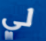
لي